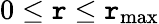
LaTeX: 0\leq\mathtt{r}\leq\mathtt{r}_{\operatorname*{max}}